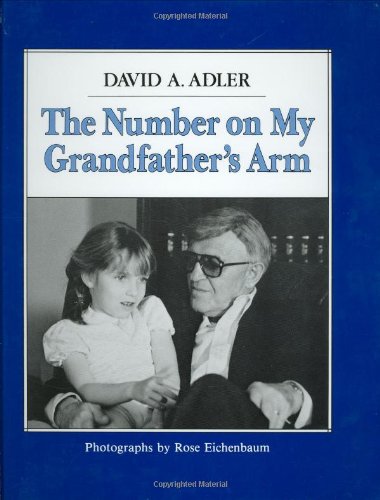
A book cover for The Number on My Grandfather's Arm; David A. Adler; Children's Books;